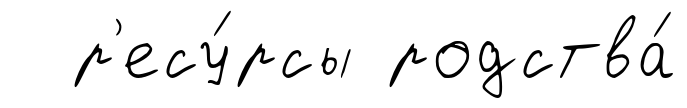
р'есу́рсы родства́